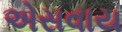
એસવાય